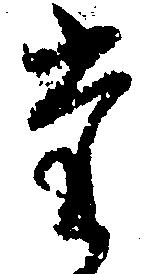
た